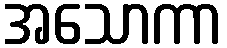
အသောကာ